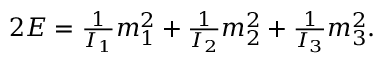
\begin{array} { r } { 2 E = \frac { 1 } { I _ { 1 } } m _ { 1 } ^ { 2 } + \frac { 1 } { I _ { 2 } } m _ { 2 } ^ { 2 } + \frac { 1 } { I _ { 3 } } m _ { 3 } ^ { 2 } . } \end{array}